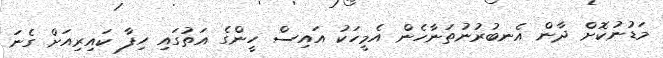
މަޑުނުކޮށް ދާން އެނބުރުނުތަނާހެން އެމީހަކު އައިސް ހީންގެ އަތުގައި ހިފާ ކައިރިއަށް ގެނަ